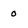
Character: 0